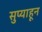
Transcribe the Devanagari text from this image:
सुप्याहून